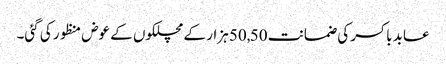
عابد باکسر کی ضمانت 50,50 ہزار کے مچلکوں کے عوض منظور کی گئی۔